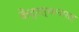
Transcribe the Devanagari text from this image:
केंद्रस्थानासह